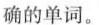
确的单词.